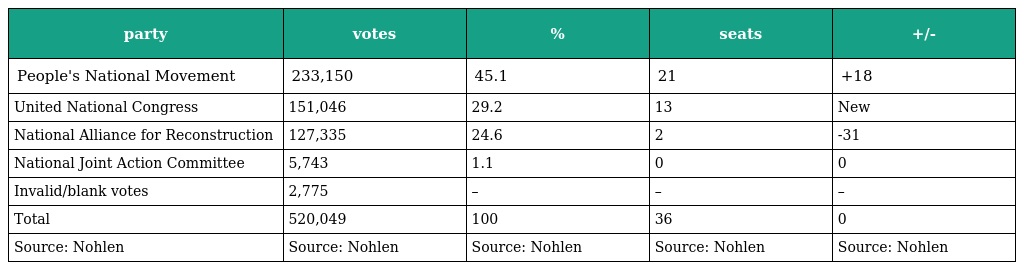
| party | votes | % | seats | +/- |
 | --- | --- | --- | --- | --- |
 | People's National Movement | 233,150 | 45.1 | 21 | +18 |
 | United National Congress | 151,046 | 29.2 | 13 | New |
 | National Alliance for Reconstruction | 127,335 | 24.6 | 2 | -31 |
 | National Joint Action Committee | 5,743 | 1.1 | 0 | 0 |
 | Invalid/blank votes | 2,775 | – | – | – |
 | Total | 520,049 | 100 | 36 | 0 |
 | Source: Nohlen | Source: Nohlen | Source: Nohlen | Source: Nohlen | Source: Nohlen |